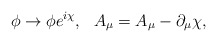
\begin{align*}\phi\rightarrow\phi e^{i\chi},\ \ A_{\mu}=A_{\mu}-\partial_{\mu}\chi,\end{align*}